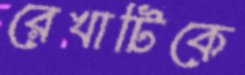
রেখাটিকে